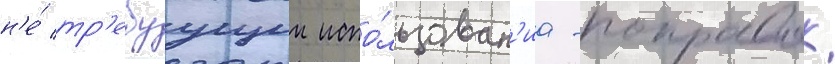
н'е́ тр'ебуущии испо́льзован'иа -поправок